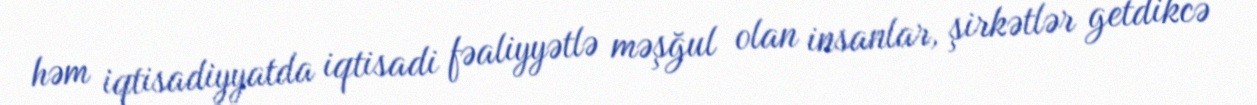
həm iqtisadiyyatda iqtisadi fəaliyyətlə məşğul olan insanlar, şirkətlər getdikcə